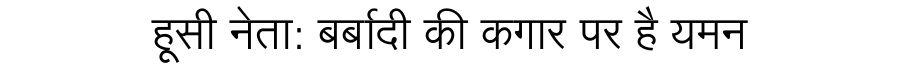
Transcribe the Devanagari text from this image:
हूसी नेता: बर्बादी की कगार पर है यमन